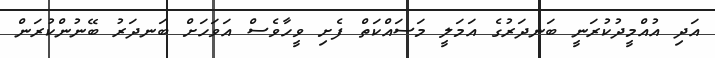
އަދި އުއްމީދުކުރަނީ ބަނދަރުގެ އަމަލީ މަސައްކަތް ފެށި ވީހާވެސް އަވަހަށް ބަނދަރު ބޭނުންކުރަން